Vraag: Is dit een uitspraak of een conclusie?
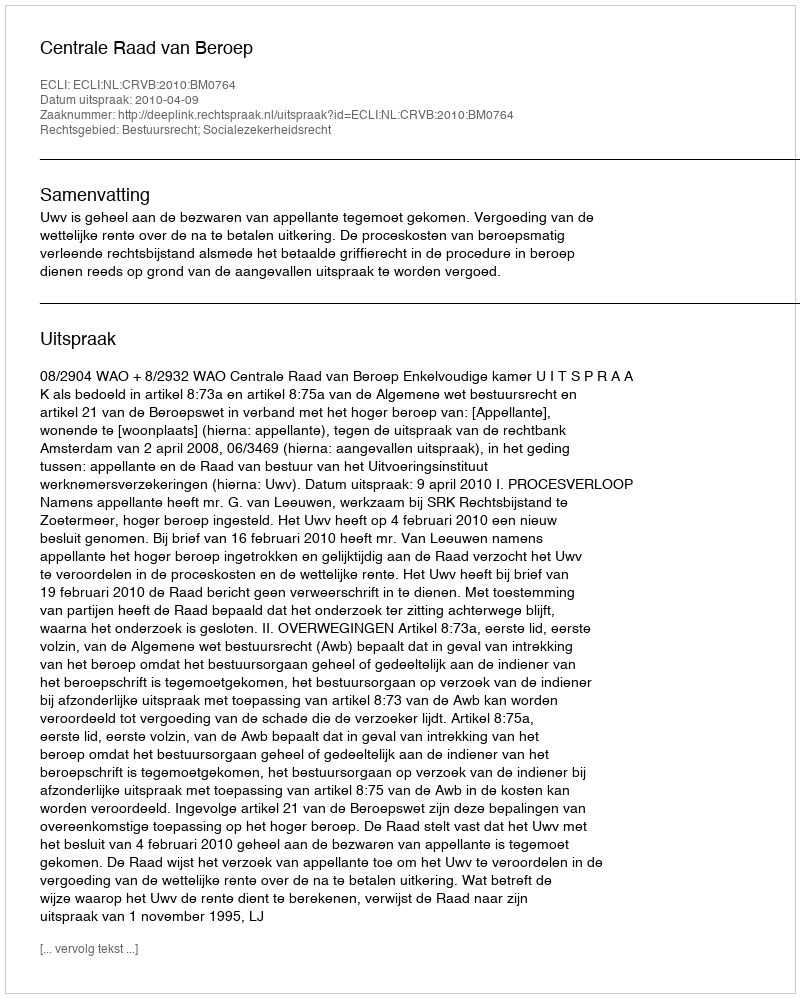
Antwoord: Uitspraak